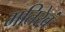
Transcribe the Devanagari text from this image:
मतिरेवं